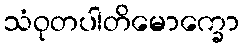
သံဝုတပါတိမောက္ခော